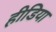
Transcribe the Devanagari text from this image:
हीडिया